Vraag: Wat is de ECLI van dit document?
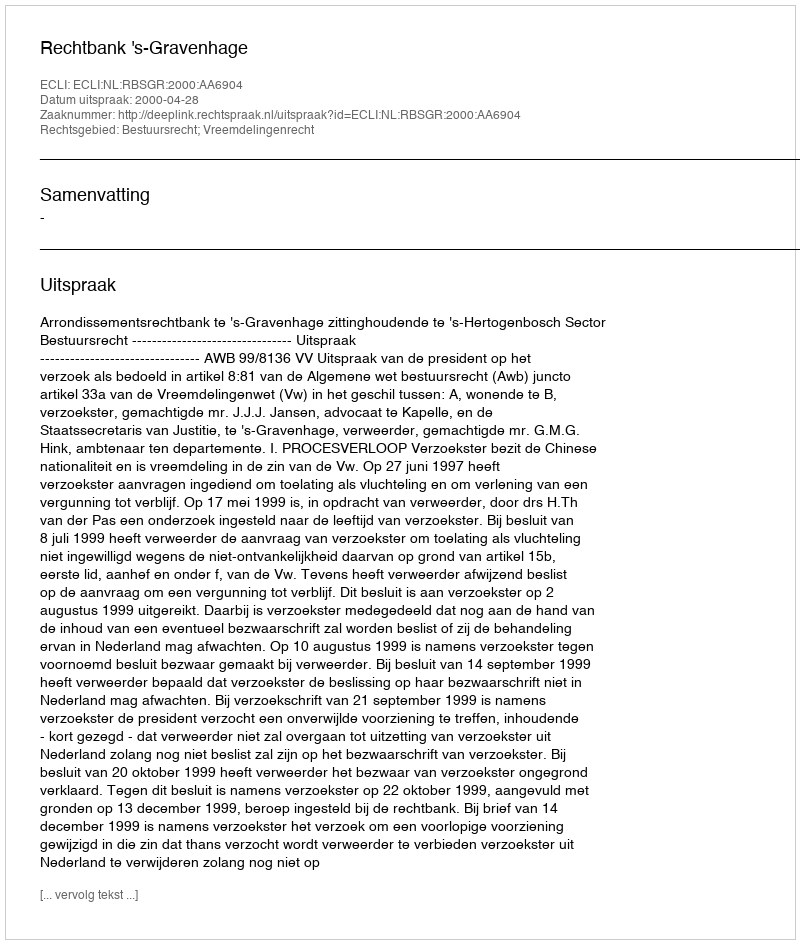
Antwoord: ECLI:NL:RBSGR:2000:AA6904